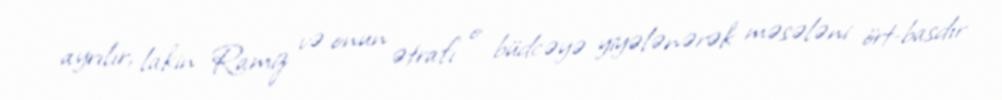
ayrılır, lakin Ramiz və onun ətrafı o büdcəyə yiyələnərək məsələni ört-basdır